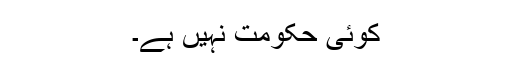
کوئی حکومت نہیں ہے۔